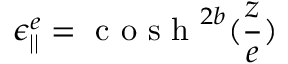
\epsilon _ { | | } ^ { e } = \textrm { c o s h } ^ { 2 b } ( \frac { z } { e } )